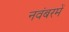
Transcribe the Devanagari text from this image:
नवंबरमें